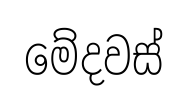
මේදවස්